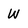
Character: W